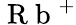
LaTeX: \mathrm{~R~b~}^{+}